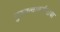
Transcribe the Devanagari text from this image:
गुरुवत्वाकर्षणाचा